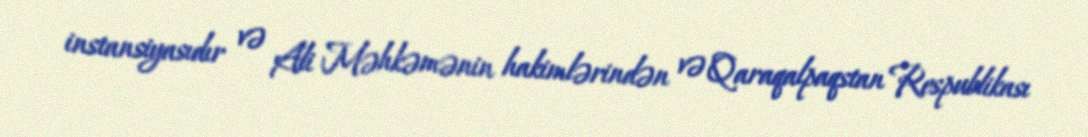
instansiyasıdır və Ali Məhkəmənin hakimlərindən və Qaraqalpaqstan Respublikası